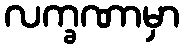
လက္ခဏာမှာ